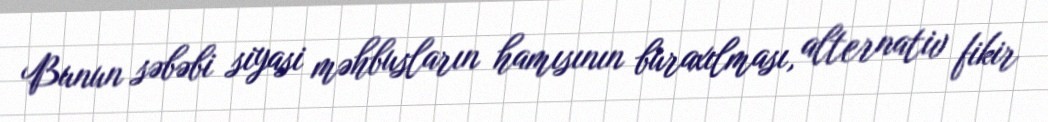
Bunun səbəbi siyasi məhbusların hamısının buraxılması, alternativ fikir